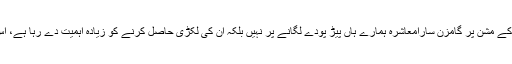
مگرافسوس کی بات یہ ہے کہ صحت کو برباد اور شہروں کو بیماری کا شہر بنانے کے مشن پر گامزن سارامعاشرہ ہمارے ہاں پیڑ پودے لگانے پر نہیں بلکہ ان کی لکڑی حاصل کرنے کو زیادہ اہمیت دے رہا ہے، اس لیے ہمارے یہاں جنگلات اپنا وجود کھورہے ہیں اور آہستہ آہستہ ناپید ہو رہے ہیں ۔